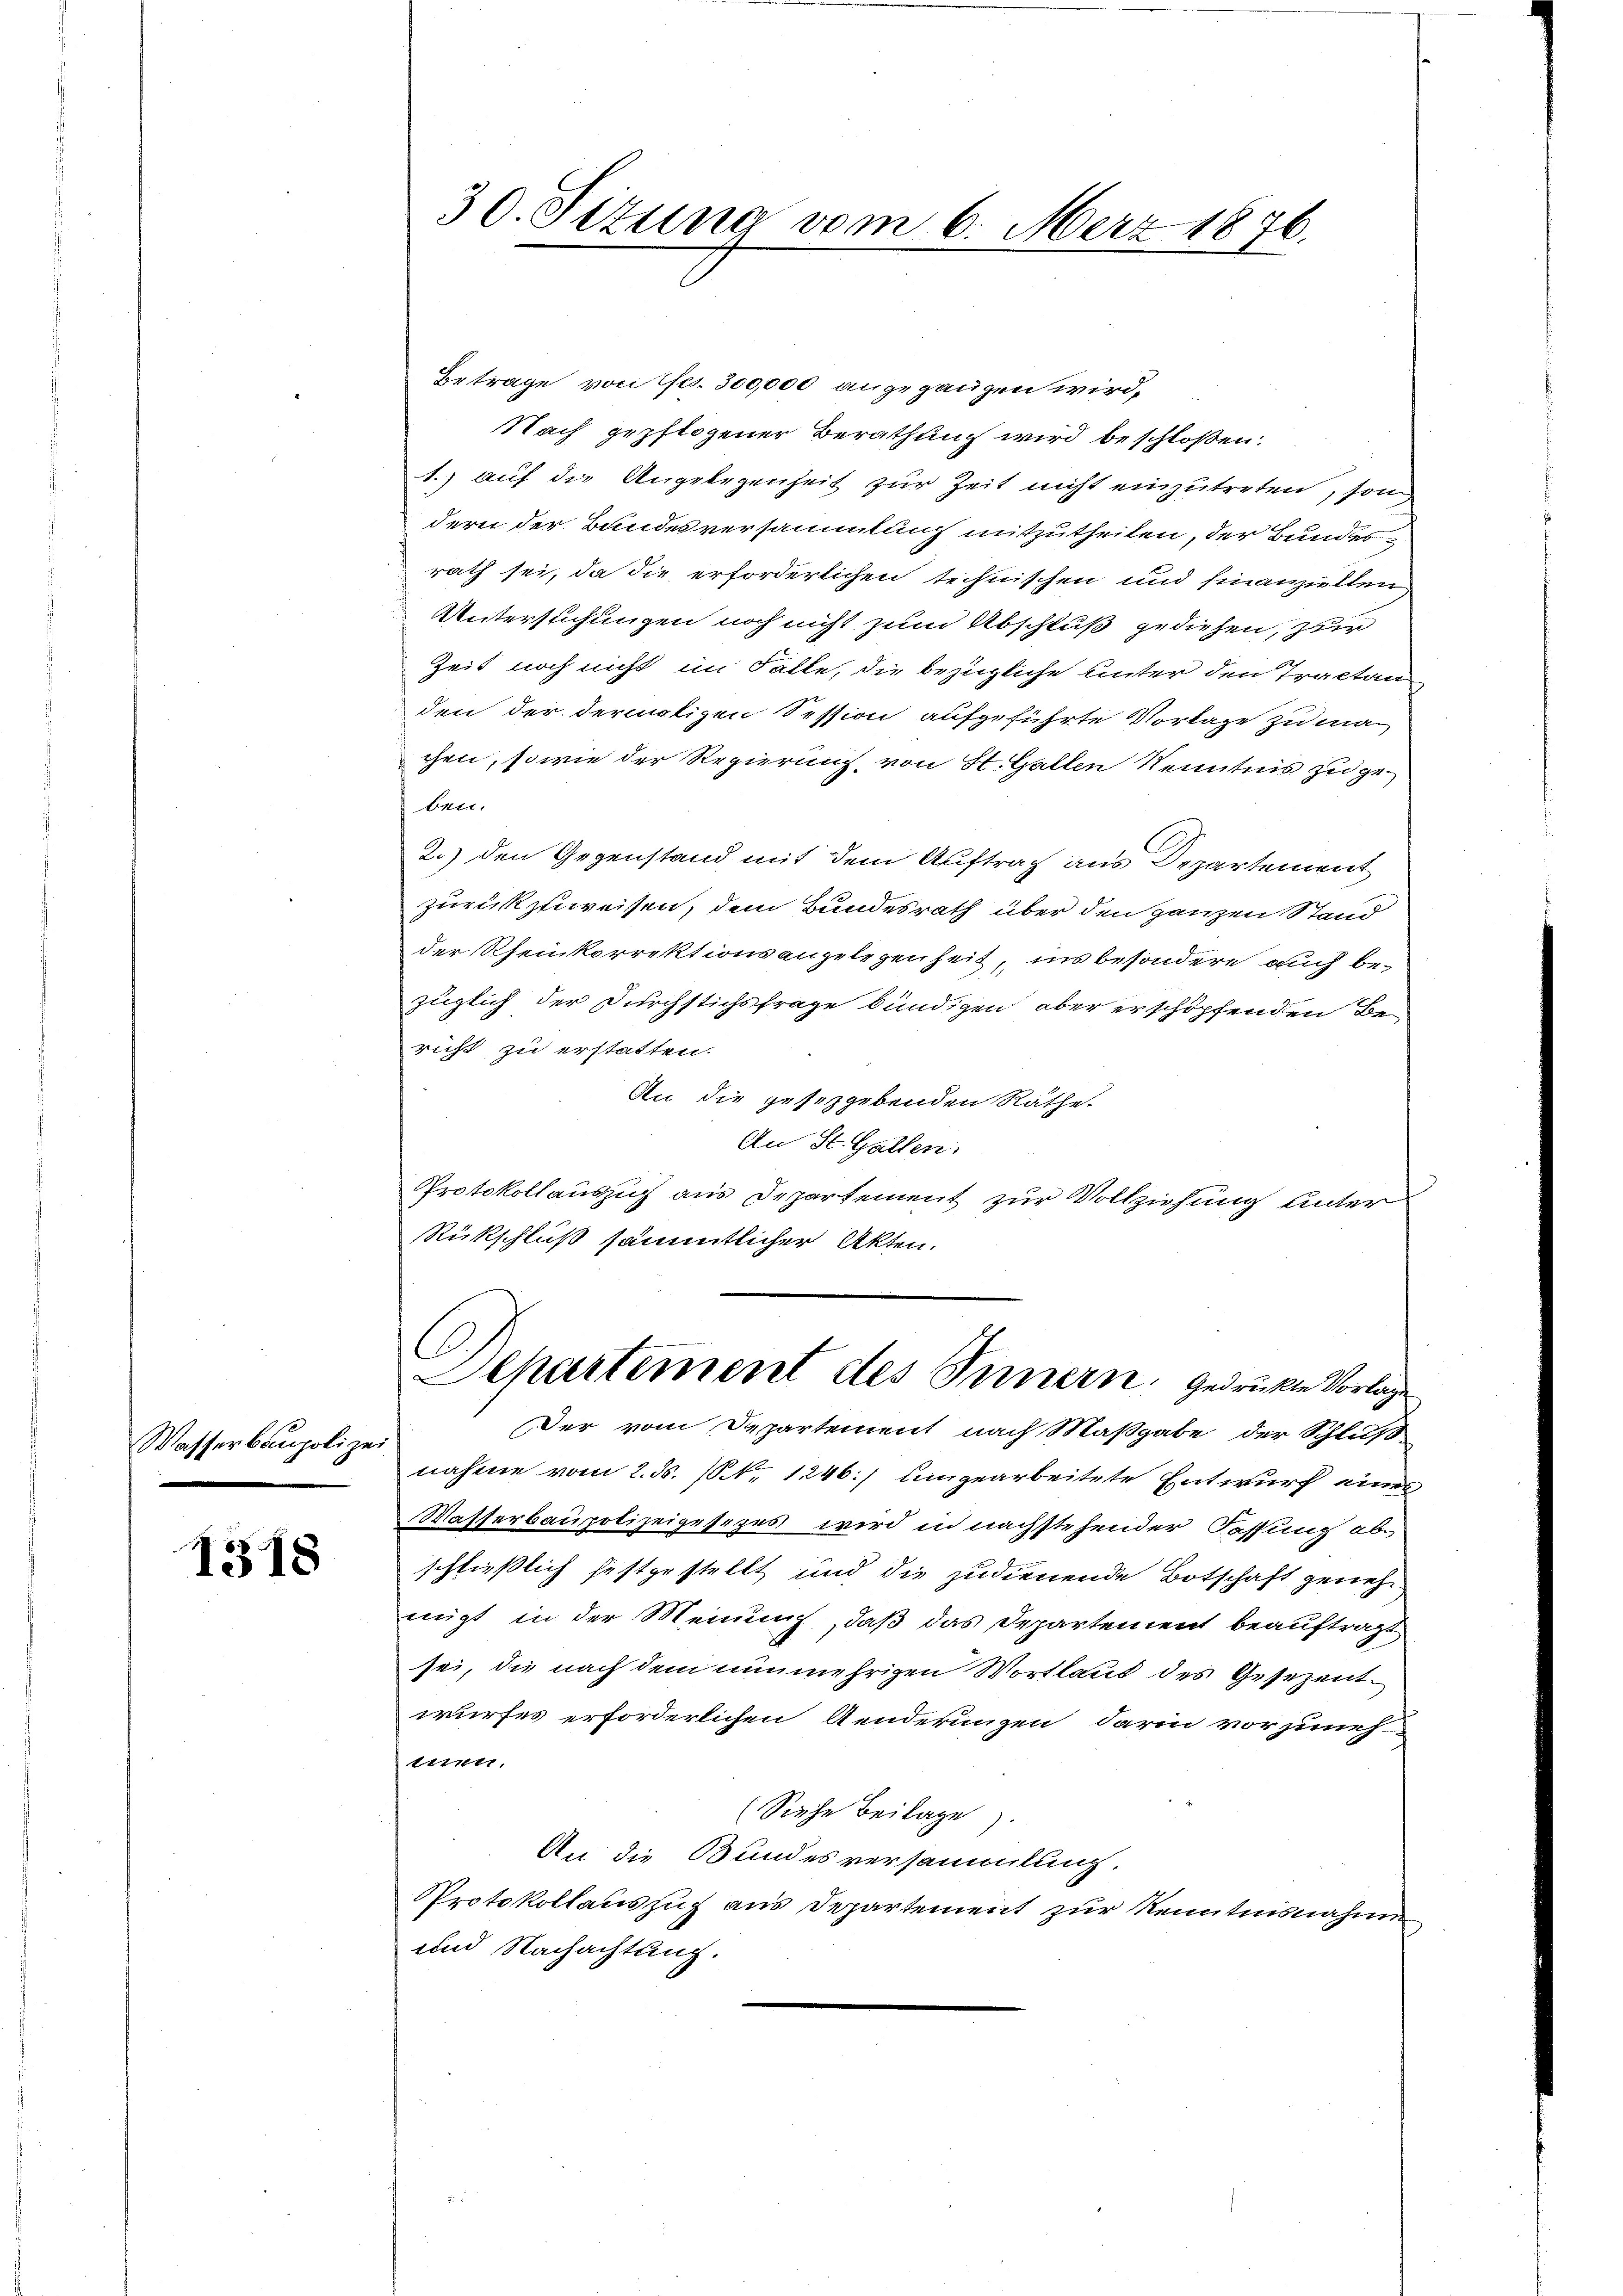
Wasserbaupolizei

1318

30. Sizung vom 6. März 1876.

Betrage von 1fr. 300,000 angegangen wird,
Nach gepflogener Berathung wird beschloßen:
1.) auf die Angelegenheit zur Zeit nicht einzutreten, son
dern der Bundesversammlung mitzutheilen, der Bundes
rath sei, da die erforderlichen technischen und finanziellen
Untersuchungen noch nicht zum Abschluß gediehen, zur
Zeit noch nicht im Falle, die bezügliche unter den Tractan
den der dermaligen Session aufgeführte Vorlage zu machen, sowie der Regierung, von St. Gallen Kenntnis zu ge-
brie
2.) Den Gegenstand mit dem Auftrag aus Departement
zurückzuweisen, dem Bundesrath über den ganzen Stand
der Rheinkorrektionsangelegenheit, ins besondere auch bezüglich der Durchstichsfrage bündigen, aber erschöpfenden Bericht zu erstatten.
An die gesetzgebenden Räthe.
An St. Gallen.
Protokollauszug aus Departement zur Vollziehung unter¬
Rückschluß sämmtlicher Akten.
Departement des Innern gedruckte Vorlage
Der vom Departement nach Maßgabe der Schluß
nahme vom 2. ds. 10. 1246) umgearbeitete Entwurf eines
Wasserbaupolizeigesezes wird in nachstehender Fassung abe
schließlich festgestellt und die zudienende Botschaft genehmigt in der Meinung, daß das Departement beauftragt
sei, die nach dem nunmehrigen Wortlaut des Gesezent
wurfes erforderlichen Aenderungen darin vorzuneh
tiren,
(Siehe Beilage).
An die Bundesversammlung.
Protokollauszug aus Departement zur Kenntnisnahme
und Nachachtung.